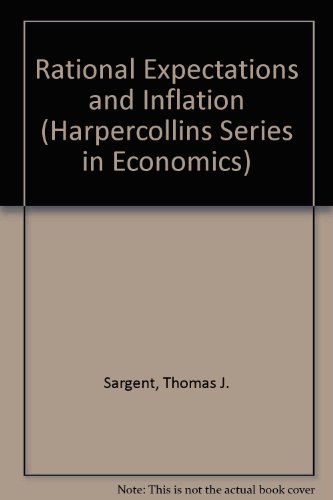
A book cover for Rational Expectations and Inflation (Harpercollins Series in Economics); Thomas J. Sargent; Business & Money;